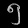
Digit: ၅